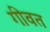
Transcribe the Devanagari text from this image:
गीवत